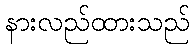
နားလည်ထားသည်